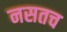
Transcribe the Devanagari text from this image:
नसतच